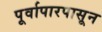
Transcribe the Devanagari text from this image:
पूर्वापारपासून